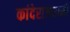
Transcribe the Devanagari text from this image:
कांदेराजधानी